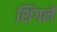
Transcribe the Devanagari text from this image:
शिंगले